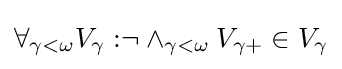
\forall _{\gamma <\omega }{V_{\gamma }:}\neg \land _{\gamma <\omega }{V_{\gamma +}\in V_{\gamma }}